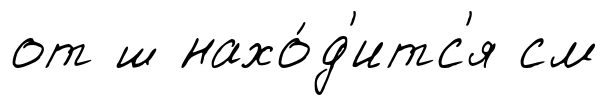
от ш нахо́д'итс'я см